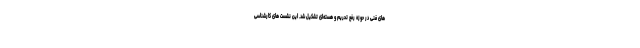
های فنی در حوزه رفع تحریم و هسته‌ای تشکیل شد. این نشست های کارشناسی